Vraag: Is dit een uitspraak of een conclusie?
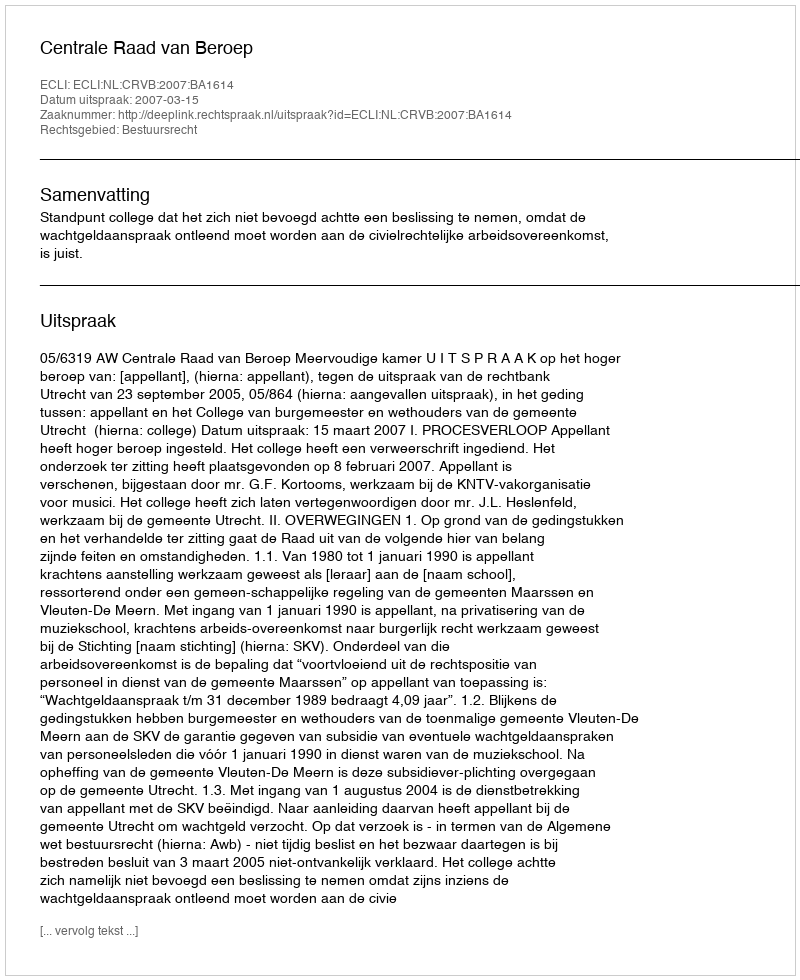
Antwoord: Uitspraak